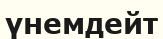
үнемдейт